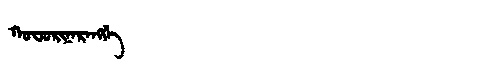
Manchu: ᡴᠣᠸᠣᡵᡳᠨᠠᡵᠠᠩᡤᡝ
Romanization: KOFORINARANGGE